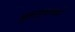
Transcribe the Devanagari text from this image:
शुक्राणुनाशको